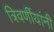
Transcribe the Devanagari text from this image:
त्रिवर्णीयांनी